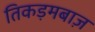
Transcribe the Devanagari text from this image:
तिकड़मबाज़